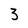
Character: 3